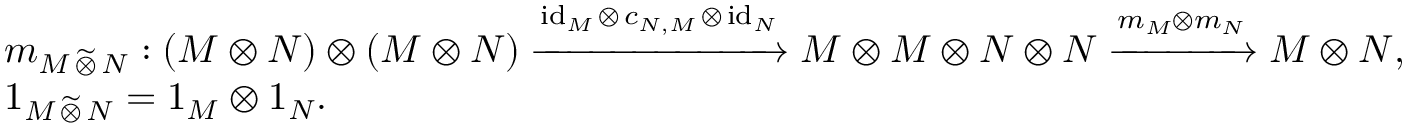
\begin{array} { r l } & { m _ { M \, \widetilde { \otimes } \, N } : ( M \otimes N ) \otimes ( M \otimes N ) \xrightarrow { \mathrm { i d } _ { M } \, \otimes \, c _ { N , M } \, \otimes \, \mathrm { i d } _ { N } } M \otimes M \otimes N \otimes N \xrightarrow { m _ { M } \otimes m _ { N } } M \otimes N , } \\ & { 1 _ { M \, \widetilde { \otimes } \, N } = 1 _ { M } \otimes 1 _ { N } . } \end{array}